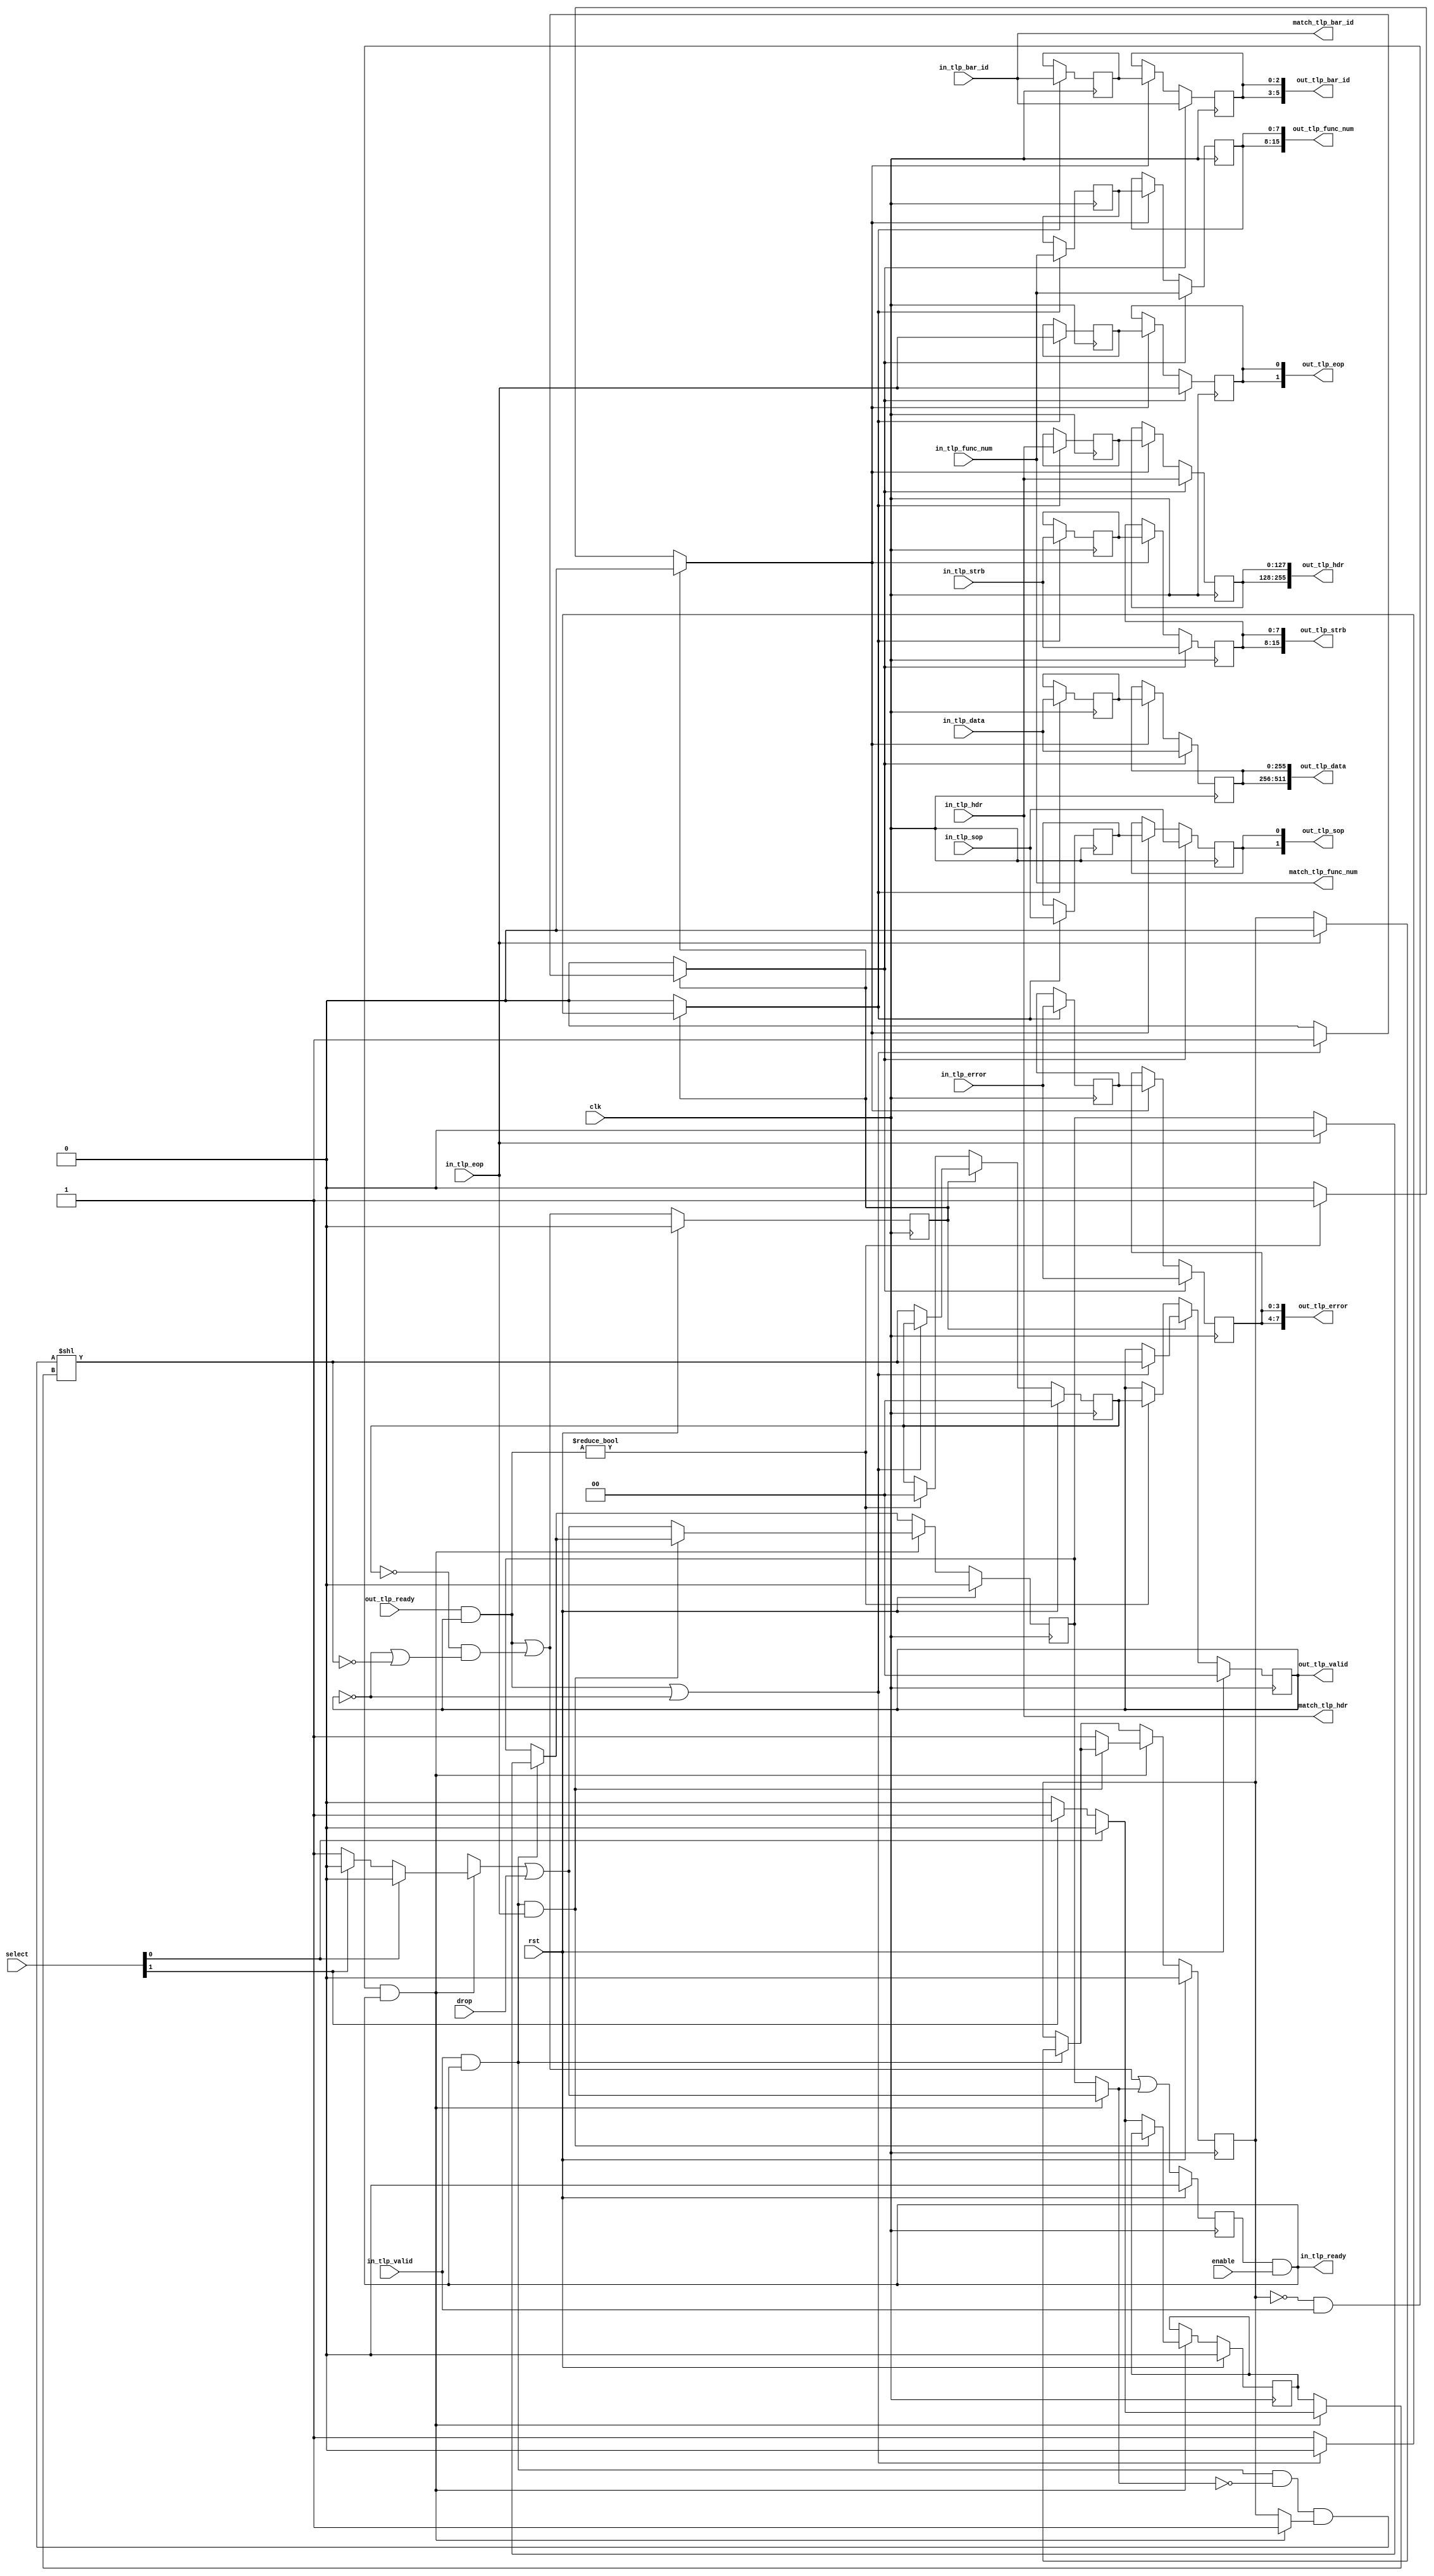
/*

Copyright (c) 2021 Alex Forencich

Permission is hereby granted, free of charge, to any person obtaining a copy
of this software and associated documentation files (the "Software"), to deal
in the Software without restriction, including without limitation the rights
to use, copy, modify, merge, publish, distribute, sublicense, and/or sell
copies of the Software, and to permit persons to whom the Software is
furnished to do so, subject to the following conditions:

The above copyright notice and this permission notice shall be included in
all copies or substantial portions of the Software.

THE SOFTWARE IS PROVIDED "AS IS", WITHOUT WARRANTY OF ANY KIND, EXPRESS OR
IMPLIED, INCLUDING BUT NOT LIMITED TO THE WARRANTIES OF MERCHANTABILITY
FITNESS FOR A PARTICULAR PURPOSE AND NONINFRINGEMENT. IN NO EVENT SHALL THE
AUTHORS OR COPYRIGHT HOLDERS BE LIABLE FOR ANY CLAIM, DAMAGES OR OTHER
LIABILITY, WHETHER IN AN ACTION OF CONTRACT, TORT OR OTHERWISE, ARISING FROM,
OUT OF OR IN CONNECTION WITH THE SOFTWARE OR THE USE OR OTHER DEALINGS IN
THE SOFTWARE.

*/

// Language: Verilog 2001

`timescale 1ns / 1ps

/*
 * PCIe TLP demultiplexer
 */
module pcie_tlp_demux #
(
    // Output count
    parameter PORTS = 2,
    // TLP segment count
    parameter TLP_SEG_COUNT = 1,
    // TLP segment data width
    parameter TLP_SEG_DATA_WIDTH = 256,
    // TLP segment strobe width
    parameter TLP_SEG_STRB_WIDTH = TLP_SEG_DATA_WIDTH/32,
    // TLP segment header width
    parameter TLP_SEG_HDR_WIDTH = 128
)
(
    input  wire                                               clk,
    input  wire                                               rst,

    /*
     * TLP input
     */
    input  wire [TLP_SEG_COUNT*TLP_SEG_DATA_WIDTH-1:0]        in_tlp_data,
    input  wire [TLP_SEG_COUNT*TLP_SEG_STRB_WIDTH-1:0]        in_tlp_strb,
    input  wire [TLP_SEG_COUNT*TLP_SEG_HDR_WIDTH-1:0]         in_tlp_hdr,
    input  wire [TLP_SEG_COUNT*3-1:0]                         in_tlp_bar_id,
    input  wire [TLP_SEG_COUNT*8-1:0]                         in_tlp_func_num,
    input  wire [TLP_SEG_COUNT*4-1:0]                         in_tlp_error,
    input  wire [TLP_SEG_COUNT-1:0]                           in_tlp_valid,
    input  wire [TLP_SEG_COUNT-1:0]                           in_tlp_sop,
    input  wire [TLP_SEG_COUNT-1:0]                           in_tlp_eop,
    output wire                                               in_tlp_ready,

    /*
     * TLP output
     */
    output wire [PORTS*TLP_SEG_COUNT*TLP_SEG_DATA_WIDTH-1:0]  out_tlp_data,
    output wire [PORTS*TLP_SEG_COUNT*TLP_SEG_STRB_WIDTH-1:0]  out_tlp_strb,
    output wire [PORTS*TLP_SEG_COUNT*TLP_SEG_HDR_WIDTH-1:0]   out_tlp_hdr,
    output wire [PORTS*TLP_SEG_COUNT*3-1:0]                   out_tlp_bar_id,
    output wire [PORTS*TLP_SEG_COUNT*8-1:0]                   out_tlp_func_num,
    output wire [PORTS*TLP_SEG_COUNT*4-1:0]                   out_tlp_error,
    output wire [PORTS*TLP_SEG_COUNT-1:0]                     out_tlp_valid,
    output wire [PORTS*TLP_SEG_COUNT-1:0]                     out_tlp_sop,
    output wire [PORTS*TLP_SEG_COUNT-1:0]                     out_tlp_eop,
    input  wire [PORTS-1:0]                                   out_tlp_ready,

    /*
     * Fields
     */
    output wire [TLP_SEG_COUNT*TLP_SEG_HDR_WIDTH-1:0]         match_tlp_hdr,
    output wire [TLP_SEG_COUNT*3-1:0]                         match_tlp_bar_id,
    output wire [TLP_SEG_COUNT*8-1:0]                         match_tlp_func_num,

    /*
     * Control
     */
    input  wire                                               enable,
    input  wire [TLP_SEG_COUNT-1:0]                           drop,
    input  wire [TLP_SEG_COUNT*PORTS-1:0]                     select
);

parameter CL_PORTS = $clog2(PORTS);

// check configuration
initial begin
    if (TLP_SEG_COUNT != 1) begin
        $error("Error: TLP segment count must be 1 (instance %m)");
        $finish;
    end

    if (TLP_SEG_HDR_WIDTH != 128) begin
        $error("Error: TLP segment header width must be 128 (instance %m)");
        $finish;
    end

    if (TLP_SEG_STRB_WIDTH*32 != TLP_SEG_DATA_WIDTH) begin
        $error("Error: PCIe interface requires dword (32-bit) granularity (instance %m)");
        $finish;
    end
end

reg [CL_PORTS-1:0] select_reg = {CL_PORTS{1'b0}}, select_ctl, select_next;
reg drop_reg = 1'b0, drop_ctl, drop_next;
reg frame_reg = 1'b0, frame_ctl, frame_next;

reg in_tlp_ready_reg = 1'b0, in_tlp_ready_next;

reg [TLP_SEG_COUNT*TLP_SEG_DATA_WIDTH-1:0]  temp_in_tlp_data_reg = 0;
reg [TLP_SEG_COUNT*TLP_SEG_STRB_WIDTH-1:0]  temp_in_tlp_strb_reg = 0;
reg [TLP_SEG_COUNT*TLP_SEG_HDR_WIDTH-1:0]   temp_in_tlp_hdr_reg = 0;
reg [TLP_SEG_COUNT*3-1:0]                   temp_in_tlp_bar_id_reg = 0;
reg [TLP_SEG_COUNT*8-1:0]                   temp_in_tlp_func_num_reg = 0;
reg [TLP_SEG_COUNT*4-1:0]                   temp_in_tlp_error_reg = 0;
reg [TLP_SEG_COUNT-1:0]                     temp_in_tlp_valid_reg = 1'b0;
reg [TLP_SEG_COUNT-1:0]                     temp_in_tlp_sop_reg = 1'b0;
reg [TLP_SEG_COUNT-1:0]                     temp_in_tlp_eop_reg = 1'b0;

// internal datapath
reg  [TLP_SEG_COUNT*TLP_SEG_DATA_WIDTH-1:0]  out_tlp_data_int;
reg  [TLP_SEG_COUNT*TLP_SEG_STRB_WIDTH-1:0]  out_tlp_strb_int;
reg  [TLP_SEG_COUNT*TLP_SEG_HDR_WIDTH-1:0]   out_tlp_hdr_int;
reg  [TLP_SEG_COUNT*3-1:0]                   out_tlp_bar_id_int;
reg  [TLP_SEG_COUNT*8-1:0]                   out_tlp_func_num_int;
reg  [TLP_SEG_COUNT*4-1:0]                   out_tlp_error_int;
reg  [PORTS*TLP_SEG_COUNT-1:0]               out_tlp_valid_int;
reg  [TLP_SEG_COUNT-1:0]                     out_tlp_sop_int;
reg  [TLP_SEG_COUNT-1:0]                     out_tlp_eop_int;
reg                                          out_tlp_ready_int_reg = 1'b0;
wire                                         out_tlp_ready_int_early;

assign in_tlp_ready = in_tlp_ready_reg && enable;

assign match_tlp_hdr = in_tlp_hdr;
assign match_tlp_bar_id = in_tlp_bar_id;
assign match_tlp_func_num = in_tlp_func_num;

integer i;

always @* begin
    select_next = select_reg;
    select_ctl = select_reg;
    drop_next = drop_reg;
    drop_ctl = drop_reg;
    frame_next = frame_reg;
    frame_ctl = frame_reg;

    in_tlp_ready_next = 1'b0;

    if (in_tlp_valid && in_tlp_ready) begin
        // end of frame detection
        if (in_tlp_eop) begin
            frame_next = 1'b0;
            drop_next = 1'b0;
        end
    end

    if (!frame_reg && in_tlp_valid && in_tlp_ready) begin
        // start of frame, grab select value
        select_ctl = 0;
        drop_ctl = 1'b1;
        frame_ctl = 1'b1;
        for (i = PORTS-1; i >= 0; i = i - 1) begin
            if (select[i]) begin
                select_ctl = i;
                drop_ctl = 1'b0;
            end
        end
        drop_ctl = drop_ctl || drop;
        if (!(in_tlp_ready && in_tlp_valid && in_tlp_eop)) begin
            select_next = select_ctl;
            drop_next = drop_ctl;
            frame_next = 1'b1;
        end
    end

    in_tlp_ready_next = out_tlp_ready_int_early || drop_ctl;

    out_tlp_data_int     = in_tlp_data;
    out_tlp_strb_int     = in_tlp_strb;
    out_tlp_hdr_int      = in_tlp_hdr;
    out_tlp_bar_id_int   = in_tlp_bar_id;
    out_tlp_func_num_int = in_tlp_func_num;
    out_tlp_error_int    = in_tlp_error;
    out_tlp_valid_int    = (in_tlp_valid && in_tlp_ready && !drop_ctl && frame_ctl) << select_ctl;
    out_tlp_sop_int      = in_tlp_sop;
    out_tlp_eop_int      = in_tlp_eop;
end

always @(posedge clk) begin
    select_reg <= select_next;
    drop_reg <= drop_next;
    frame_reg <= frame_next;
    in_tlp_ready_reg <= in_tlp_ready_next;

    if (rst) begin
        select_reg <= 2'd0;
        drop_reg <= 1'b0;
        frame_reg <= 1'b0;
        in_tlp_ready_reg <= 1'b0;
    end
end

// output datapath logic
reg [TLP_SEG_COUNT*TLP_SEG_DATA_WIDTH-1:0]  out_tlp_data_reg = 0;
reg [TLP_SEG_COUNT*TLP_SEG_STRB_WIDTH-1:0]  out_tlp_strb_reg = 0;
reg [TLP_SEG_COUNT*TLP_SEG_HDR_WIDTH-1:0]   out_tlp_hdr_reg = 0;
reg [TLP_SEG_COUNT*3-1:0]                   out_tlp_bar_id_reg = 0;
reg [TLP_SEG_COUNT*8-1:0]                   out_tlp_func_num_reg = 0;
reg [TLP_SEG_COUNT*4-1:0]                   out_tlp_error_reg = 0;
reg [PORTS*TLP_SEG_COUNT-1:0]               out_tlp_valid_reg = 1, out_tlp_valid_next;
reg [TLP_SEG_COUNT-1:0]                     out_tlp_sop_reg = 0;
reg [TLP_SEG_COUNT-1:0]                     out_tlp_eop_reg = 0;

reg [TLP_SEG_COUNT*TLP_SEG_DATA_WIDTH-1:0]  temp_out_tlp_data_reg = 0;
reg [TLP_SEG_COUNT*TLP_SEG_STRB_WIDTH-1:0]  temp_out_tlp_strb_reg = 0;
reg [TLP_SEG_COUNT*TLP_SEG_HDR_WIDTH-1:0]   temp_out_tlp_hdr_reg = 0;
reg [TLP_SEG_COUNT*3-1:0]                   temp_out_tlp_bar_id_reg = 0;
reg [TLP_SEG_COUNT*8-1:0]                   temp_out_tlp_func_num_reg = 0;
reg [TLP_SEG_COUNT*4-1:0]                   temp_out_tlp_error_reg = 0;
reg [PORTS*TLP_SEG_COUNT-1:0]               temp_out_tlp_valid_reg = 0, temp_out_tlp_valid_next;
reg [TLP_SEG_COUNT-1:0]                     temp_out_tlp_sop_reg = 0;
reg [TLP_SEG_COUNT-1:0]                     temp_out_tlp_eop_reg = 0;

// datapath control
reg store_int_to_output;
reg store_int_to_temp;
reg store_temp_to_output;

assign out_tlp_data      = {PORTS{out_tlp_data_reg}};
assign out_tlp_strb      = {PORTS{out_tlp_strb_reg}};
assign out_tlp_hdr       = {PORTS{out_tlp_hdr_reg}};
assign out_tlp_bar_id    = {PORTS{out_tlp_bar_id_reg}};
assign out_tlp_func_num  = {PORTS{out_tlp_func_num_reg}};
assign out_tlp_error     = {PORTS{out_tlp_error_reg}};
assign out_tlp_valid     = out_tlp_valid_reg;
assign out_tlp_sop       = {PORTS{out_tlp_sop_reg}};
assign out_tlp_eop       = {PORTS{out_tlp_eop_reg}};

// enable ready input next cycle if output is ready or the temp reg will not be filled on the next cycle (output reg empty or no input)
assign out_tlp_ready_int_early = (out_tlp_ready & out_tlp_valid) || (!temp_out_tlp_valid_reg && (!out_tlp_valid || !out_tlp_valid_int));

always @* begin
    // transfer sink ready state to source
    out_tlp_valid_next = out_tlp_valid_reg;
    temp_out_tlp_valid_next = temp_out_tlp_valid_reg;

    store_int_to_output = 1'b0;
    store_int_to_temp = 1'b0;
    store_temp_to_output = 1'b0;

    if (out_tlp_ready_int_reg) begin
        // input is ready
        if ((out_tlp_ready & out_tlp_valid) || !out_tlp_valid) begin
            // output is ready or currently not valid, transfer data to output
            out_tlp_valid_next = out_tlp_valid_int;
            store_int_to_output = 1'b1;
        end else begin
            // output is not ready, store input in temp
            temp_out_tlp_valid_next = out_tlp_valid_int;
            store_int_to_temp = 1'b1;
        end
    end else if (out_tlp_ready & out_tlp_valid) begin
        // input is not ready, but output is ready
        out_tlp_valid_next = temp_out_tlp_valid_reg;
        temp_out_tlp_valid_next = 1'b0;
        store_temp_to_output = 1'b1;
    end
end

always @(posedge clk) begin
    if (rst) begin
        out_tlp_valid_reg <= {PORTS{1'b0}};
        out_tlp_ready_int_reg <= 1'b0;
        temp_out_tlp_valid_reg <= 1'b0;
    end else begin
        out_tlp_valid_reg <= out_tlp_valid_next;
        out_tlp_ready_int_reg <= out_tlp_ready_int_early;
        temp_out_tlp_valid_reg <= temp_out_tlp_valid_next;
    end

    // datapath
    if (store_int_to_output) begin
        out_tlp_data_reg <= out_tlp_data_int;
        out_tlp_strb_reg <= out_tlp_strb_int;
        out_tlp_hdr_reg <= out_tlp_hdr_int;
        out_tlp_bar_id_reg <= out_tlp_bar_id_int;
        out_tlp_func_num_reg <= out_tlp_func_num_int;
        out_tlp_error_reg <= out_tlp_error_int;
        out_tlp_sop_reg <= out_tlp_sop_int;
        out_tlp_eop_reg <= out_tlp_eop_int;
    end else if (store_temp_to_output) begin
        out_tlp_data_reg <= temp_out_tlp_data_reg;
        out_tlp_strb_reg <= temp_out_tlp_strb_reg;
        out_tlp_hdr_reg <= temp_out_tlp_hdr_reg;
        out_tlp_bar_id_reg <= temp_out_tlp_bar_id_reg;
        out_tlp_func_num_reg <= temp_out_tlp_func_num_reg;
        out_tlp_error_reg <= temp_out_tlp_error_reg;
        out_tlp_sop_reg <= temp_out_tlp_sop_reg;
        out_tlp_eop_reg <= temp_out_tlp_eop_reg;
    end

    if (store_int_to_temp) begin
        temp_out_tlp_data_reg <= out_tlp_data_int;
        temp_out_tlp_strb_reg <= out_tlp_strb_int;
        temp_out_tlp_hdr_reg <= out_tlp_hdr_int;
        temp_out_tlp_bar_id_reg <= out_tlp_bar_id_int;
        temp_out_tlp_func_num_reg <= out_tlp_func_num_int;
        temp_out_tlp_error_reg <= out_tlp_error_int;
        temp_out_tlp_sop_reg <= out_tlp_sop_int;
        temp_out_tlp_eop_reg <= out_tlp_eop_int;
    end
end

endmodule